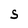
Character: S